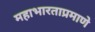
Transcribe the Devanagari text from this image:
महाभारताप्रमाणे